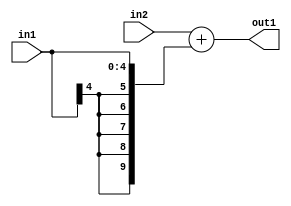
`timescale 1ps / 1ps
/*****************************************************************************
    Verilog RTL Description
    
    
    Created by: Stratus DpOpt 2019.1.01 
*******************************************************************************/

module DC_Filter_Add_8Ux5S_10S_4 (
	in2,
	in1,
	out1
	); /* architecture "behavioural" */ 
input [7:0] in2;
input [4:0] in1;
output [9:0] out1;
wire [9:0] asc001;

assign asc001 = 
	+(in2)
	+({{5{in1[4]}}, in1});

assign out1 = asc001;
endmodule

/* CADENCE  ubH2SQs= : u9/ySgnWtBlWxVPRXgAZ4Og= ** DO NOT EDIT THIS LINE ******/